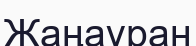
Жаңаұран